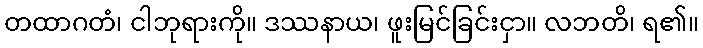
တထာဂတံ၊ ငါဘုရားကို။ ဒဿနာယ၊ ဖူးမြင်ခြင်းငှာ။ လဘတိ၊ ရ၏။